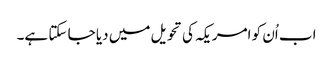
اب اُن کو امریکہ کی تحویل میں دیا جا سکتا ہے۔